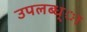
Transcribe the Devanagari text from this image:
उपलब्ध्ा